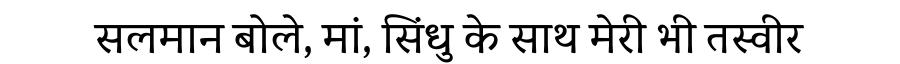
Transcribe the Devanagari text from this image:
सलमान बोले, मां, सिंधु के साथ मेरी भी तस्वीर